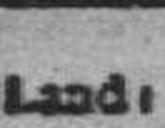
Land: